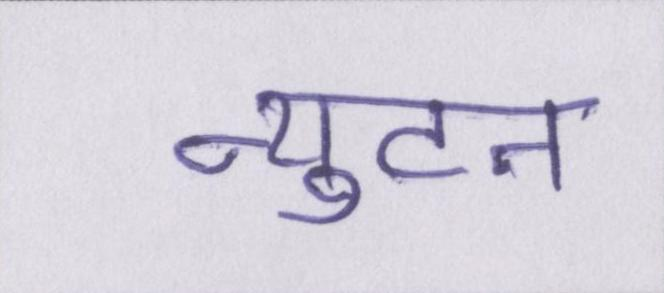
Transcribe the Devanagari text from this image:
न्युटन